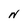
Character: N